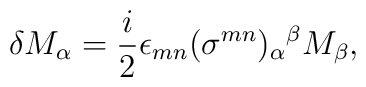
\delta M_\alpha = \frac{i}{ 2} \epsilon_{mn}(\sigma^{mn})_\alpha{}^\beta M_\beta,